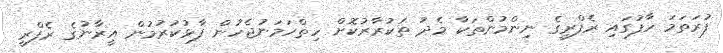
ފުރަތަމަ ހާފުގައި ރެފްރީގެ ނިންމުންތަކާ މެދު ތަކުރާރުކޮށް ހިތްހަމަނުޖެހުން ފާޅުކުރުމުން އީރާނުގެ ރެފްރީ